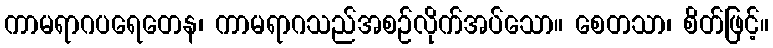
ကာမရာဂပရေတေန၊ ကာမရာဂသည်အစဉ်လိုက်အပ်သော။ စေတသာ၊ စိတ်ဖြင့်။